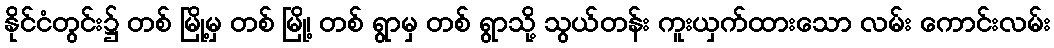
နိုင်ငံတွင်း၌ တစ် မြို့မှ တစ် မြို့၊ တစ် ရွာမှ တစ် ရွာသို့ သွယ်တန်း ကူးယှက်ထားသော လမ်း ကောင်းလမ်း